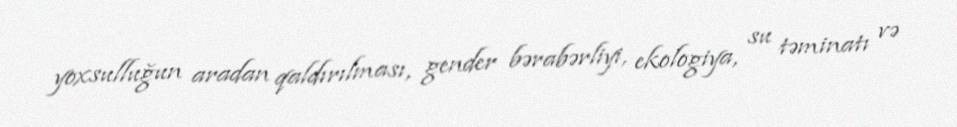
yoxsulluğun aradan qaldırılması, gender bərabərliyi, ekologiya, su təminatı və